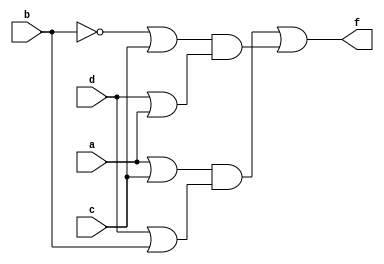
module Lab1_dataflow(f,a,b,c,d);
	output f;
	input a,b,c,d;
	
	assign f=((a||c)&&(d||b))||((!b||c)&&(d||a));
endmodule